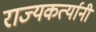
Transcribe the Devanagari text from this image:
राज्यकर्त्यानी